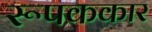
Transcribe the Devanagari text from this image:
रूपककार